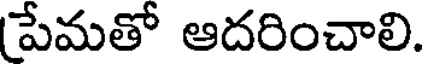
పేమతో ఆదరించాలి.